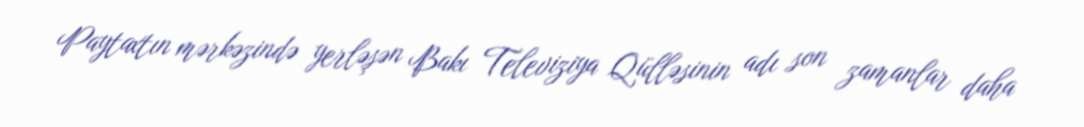
Paytaxtın mərkəzində yerləşən Bakı Televiziya Qülləsinin adı son zamanlar daha